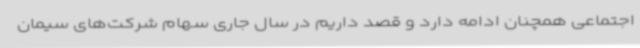
اجتماعی همچنان ادامه دارد و قصد داریم در سال جاری سهام شرکت‌های سیمان